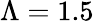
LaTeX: \Lambda=1.5